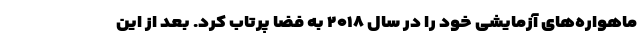
ماهواره‌های آزمایشی خود را در سال ۲۰۱۸ به فضا پرتاب کرد. بعد از این